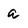
Character: a